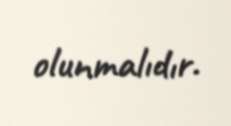
olunmalıdır.